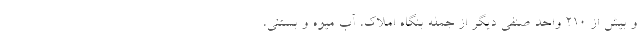
و بیش از ۲۱۰ واحد صنفی دیگر از جمله بنگاه املاک، آب میوه و بستنی،